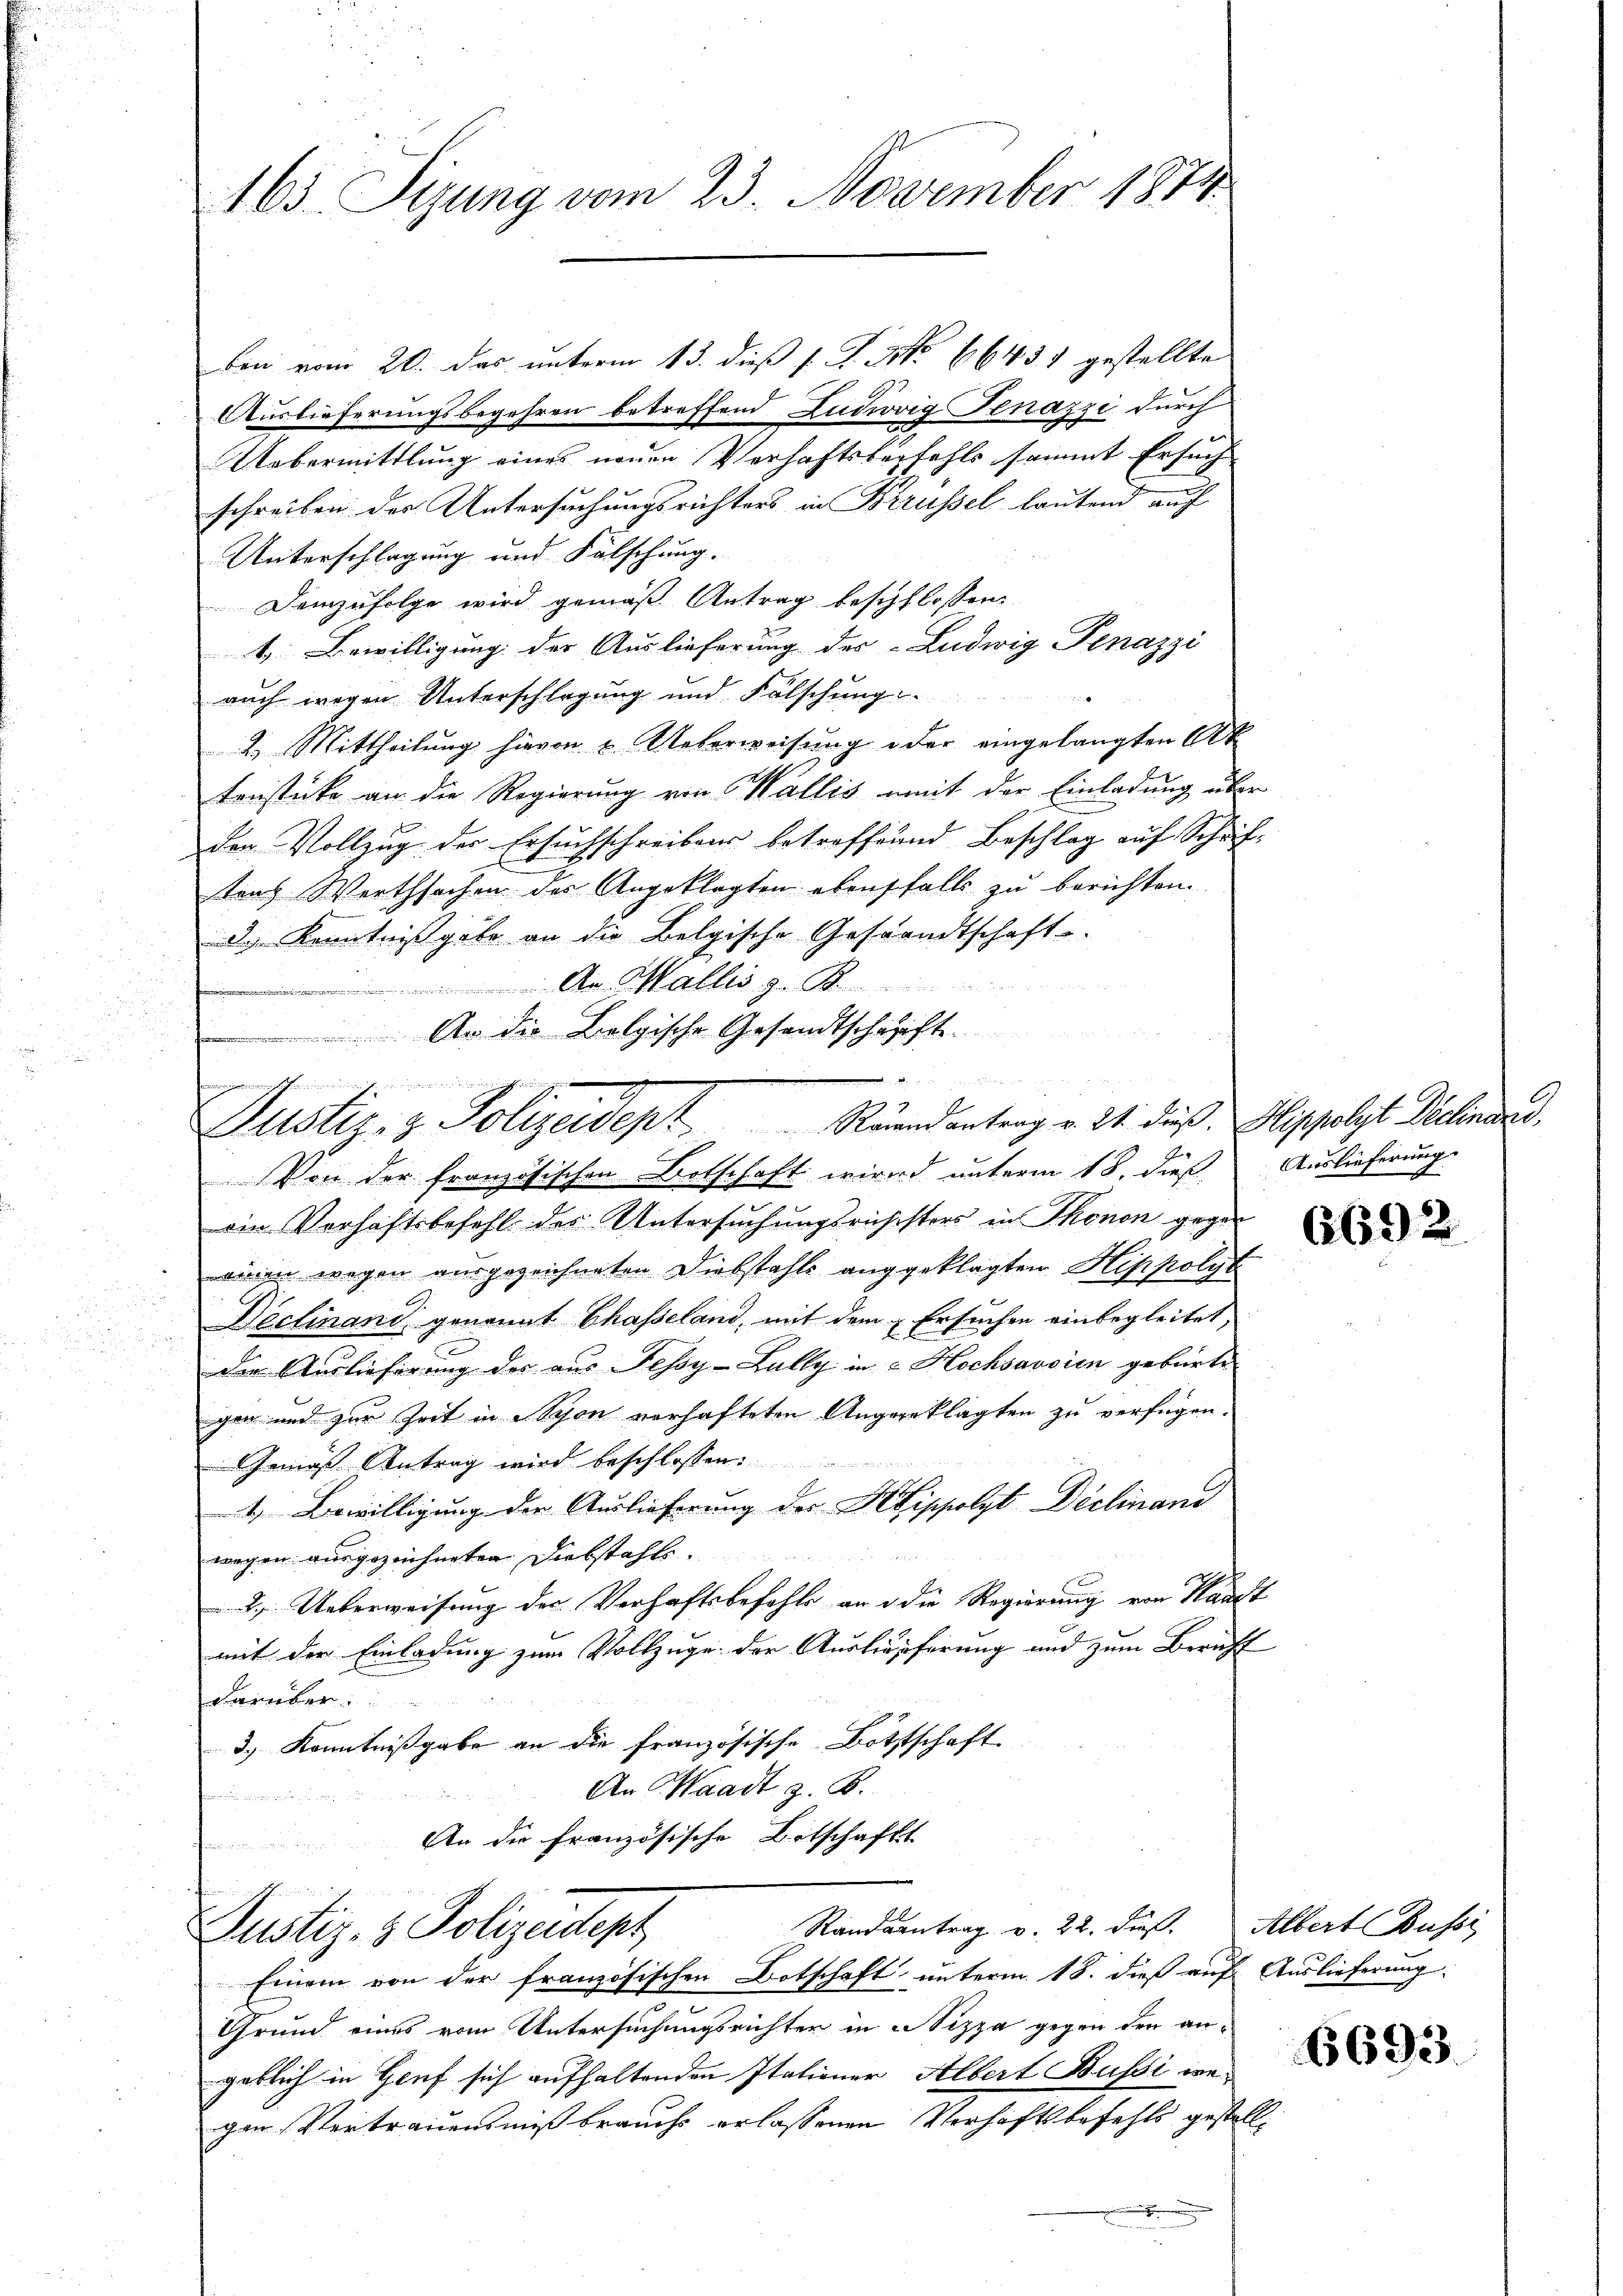
163. Sizung vom 23. November 1874

ben vom 20. das unterm 13. dieß P. P. No 66431 gestellte
Auslieferungsbegehren betreffend Ludwig Jenazzi durch
Uebermittlung eines neuen Verhaftsbeifahls sammt Ersuch
schreiben des Untersuchungsrichters in Brüssel lautend auf
Unterschlagung und Fälschung.
Demzufolge wird gemäß Antrag beschlossen:
4. Bewilligung der Auslieferung des Ludwig Denazzi
auch wegen Unterschlagung und Falschung.
2. Mittheilung hievon Ueberweisung oder eingelangten Akt
tenstücke an die Regierung von Wallis mit der Einladung über
den Vollzug der Ersuchschreibens betreffend Beschlag auf Schriftens Werthsachen der Angeklagten ebensfalls zu berichten.
d. Kenntnißgabe an die Belgische Gesandtschaft.
An Malles zu Be
An die Belgische Gesandtschrift
s

.
fingen de
Justiz- & Polizeidept Randentrag v. 31. dies Dippolst Dechenden d.

Von der französischen Botschaft wird unterm 18. dieß Auslieferung
oin Verhaftsbefehl des Untersuchungsrichsters in Thonon gegen
ainen wegen ausgezeichneten Diebstahls angeklagten Hippolyt
Weclinand genannt Chasseland, mit dem Ersuchen einbegleitet,
die Auslieferung der aus Jessy-Bully in 2 Hochsavsien gebürte
gen und zur Zeit in Schon verhafteten Angegeklagten zu verfügen.
Gemäß Antrag wird beschlossen:
4. Bewilligung der Auslieferung der Hippolyt Diclinand
wegen ausgezeichneten Diebstahls
2. Ueberweisung der Verhaftsbefehls an die Regierung von Handt
mit der Einladung zum Vollzuge der Auslieferung und zum Bericht
darüber.
3.) Kenntnißgabe an die französische Bottschaft
An Waadt z. B.

An der französische Botschaftst
Pommen un

Justiz- & Polizeidept

Randsantrag v. 22. dieß. Albert Bussi
Einem von der französischen Botschaft unterm 18. dieß auf Auslieferung:
Grund eines vom Untersuchungsrichter in Nizza gegen den angeblich in Genf sich aufhaltenden Italiener Albert Bussi wegen Vertrauensmißbrauchs erlassenen Verhaftsbefehls gestell¬
.

(692

6693.